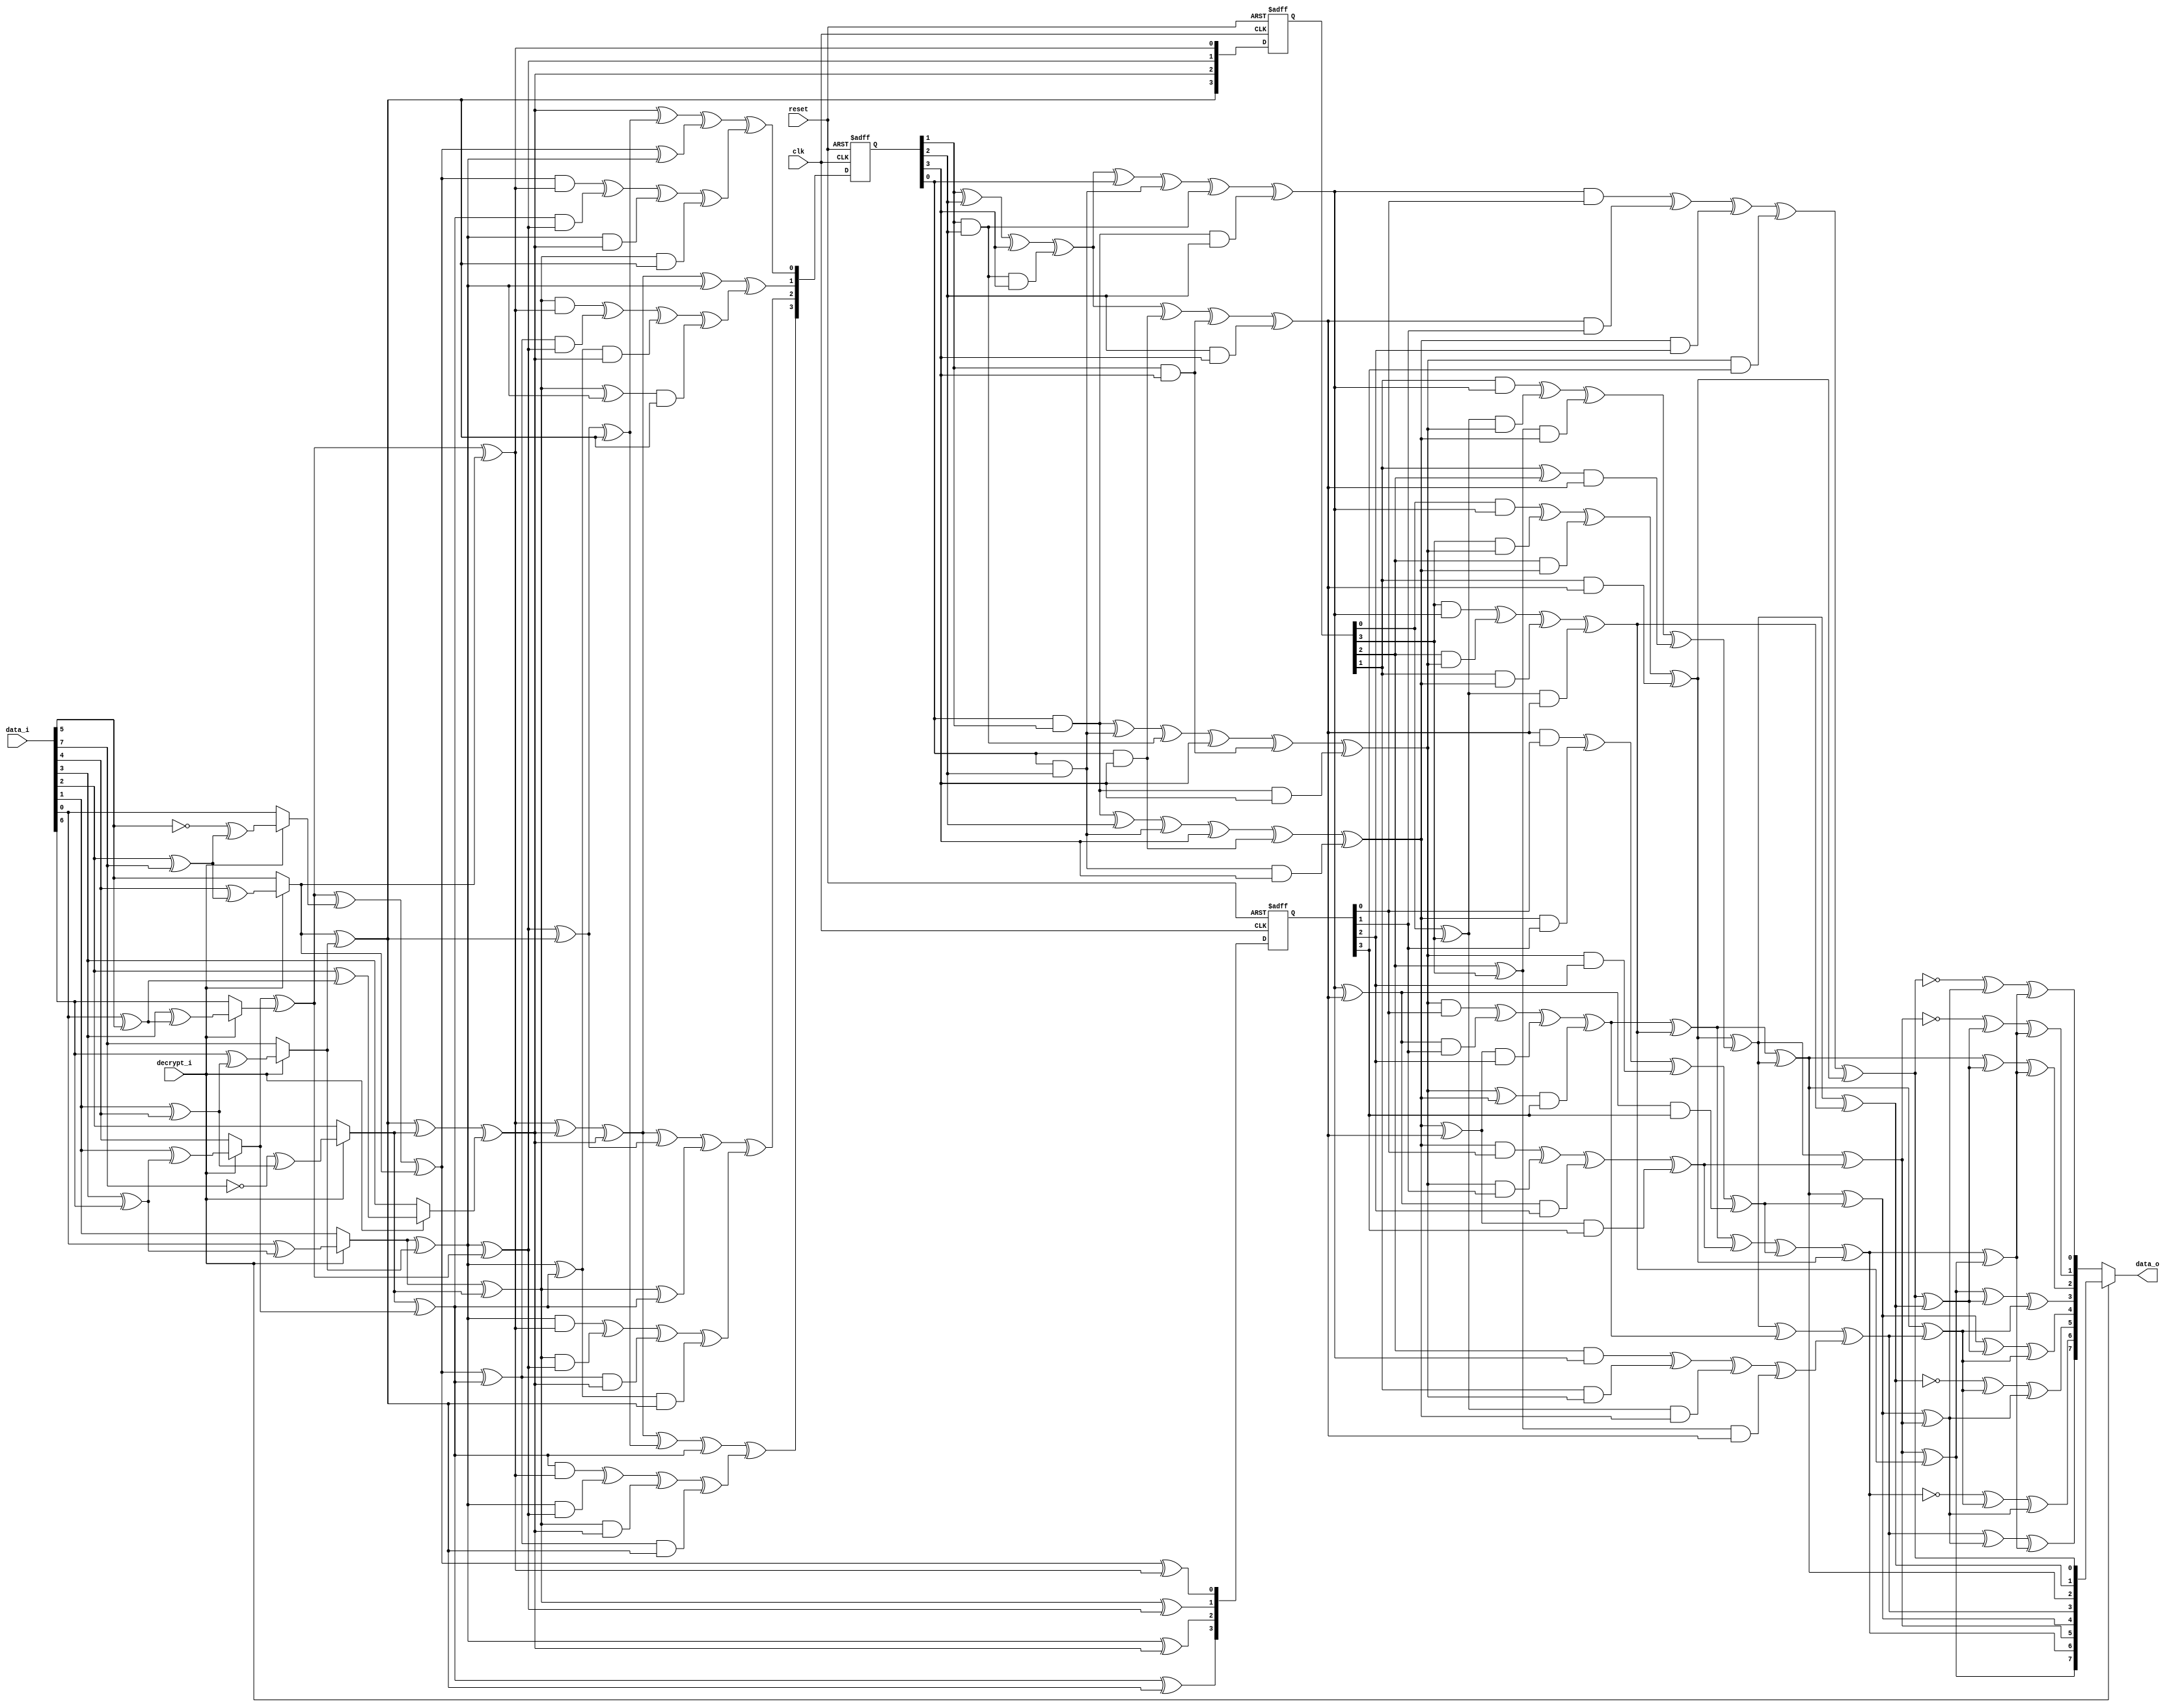
//////////////////////////////////////////////////////////////////////
////                                                              ////
////  S-Box calculation                                           ////
////                                                              ////
////  This file is part of the SystemC AES                        ////
////                                                              ////
////  Description:                                                ////
////  S-box calculation calculating inverse on gallois field      ////
////                                                              ////
////  Generated automatically using SystemC to Verilog translator ////
////                                                              ////
////  To Do:                                                      ////
////   - done                                                     ////
////                                                              ////
////  Author(s):                                                  ////
////      - Javier Castillo, jcastilo@opencores.org               ////
////                                                              ////
//////////////////////////////////////////////////////////////////////
////                                                              ////
//// Copyright (C) 2000 Authors and OPENCORES.ORG                 ////
////                                                              ////
//// This source file may be used and distributed without         ////
//// restriction provided that this copyright statement is not    ////
//// removed from the file and that any derivative work contains  ////
//// the original copyright notice and the associated disclaimer. ////
////                                                              ////
//// This source file is free software; you can redistribute it   ////
//// and/or modify it under the terms of the GNU Lesser General   ////
//// Public License as published by the Free Software Foundation; ////
//// either version 2.1 of the License, or (at your option) any   ////
//// later version.                                               ////
////                                                              ////
//// This source is distributed in the hope that it will be       ////
//// useful, but WITHOUT ANY WARRANTY; without even the implied   ////
//// warranty of MERCHANTABILITY or FITNESS FOR A PARTICULAR      ////
//// PURPOSE.  See the GNU Lesser General Public License for more ////
//// details.                                                     ////
////                                                              ////
//// You should have received a copy of the GNU Lesser General    ////
//// Public License along with this source; if not, download it   ////
//// from http://www.opencores.org/lgpl.shtml                     ////
////                                                              ////
//////////////////////////////////////////////////////////////////////
//
// CVS Revision History
//
// $Log: not supported by cvs2svn $
// Revision 1.3  2004/08/30 16:23:57  jcastillo
// Indentation corrected
//
// Revision 1.2  2004/07/22 08:51:22  jcastillo
// Added timescale directive
//
// Revision 1.1.1.1  2004/07/05 09:46:23  jcastillo
// First import
//

module sbox(clk,reset,data_i,decrypt_i,data_o);
input clk;
input reset;
input [7:0] data_i;
input decrypt_i;
output [7:0] data_o;

reg [7:0] data_o;

reg [7:0] inva;
reg [3:0] ah;
reg [3:0] al;
reg [3:0] ah2;
reg [3:0] al2;
reg [3:0] alxh;
reg [3:0] alph;
reg [3:0] d;
reg [3:0] ahp;
reg [3:0] alp;
reg [3:0] to_invert;
reg [3:0] next_to_invert;
reg [3:0] ah_reg;
reg [3:0] next_ah_reg;
reg [3:0] next_alph;


//registers:
always @(posedge clk or negedge reset)
begin

  if(!reset)
  begin
 
    to_invert = (0);
    ah_reg = (0);
    alph = (0);	
  
  end
  else
  begin
    
    to_invert = (next_to_invert);
    ah_reg = (next_ah_reg);
    alph = (next_alph);	

  end

end


//first_mux:
reg[7:0] first_mux_data_var;
reg[7:0] first_mux_InvInput;
reg[3:0] first_mux_ah_t,first_mux_al_t;
reg first_mux_aA,first_mux_aB,first_mux_aC,first_mux_aD;
	
always @(data_i or decrypt_i)
begin

  first_mux_data_var=data_i;
  first_mux_InvInput=first_mux_data_var;
	
  case(decrypt_i)
    1:
     begin
      
       //Apply inverse affine trasformation
       first_mux_aA=first_mux_data_var[0]^first_mux_data_var[5];first_mux_aB=first_mux_data_var[1]^first_mux_data_var[4];
       first_mux_aC=first_mux_data_var[2]^first_mux_data_var[7];first_mux_aD=first_mux_data_var[3]^first_mux_data_var[6];
       first_mux_InvInput[0]=(!first_mux_data_var[5])^first_mux_aC;
       first_mux_InvInput[1]=first_mux_data_var[0]^first_mux_aD;
       first_mux_InvInput[2]=(!first_mux_data_var[7])^first_mux_aB;
       first_mux_InvInput[3]=first_mux_data_var[2]^first_mux_aA;
       first_mux_InvInput[4]=first_mux_data_var[1]^first_mux_aD;
       first_mux_InvInput[5]=first_mux_data_var[4]^first_mux_aC;
       first_mux_InvInput[6]=first_mux_data_var[3]^first_mux_aA;
       first_mux_InvInput[7]=first_mux_data_var[6]^first_mux_aB;

     end

   default:
     begin

       first_mux_InvInput=first_mux_data_var;
     
     end

  endcase
	
	
  //Convert elements from GF(2^8) into two elements of GF(2^4^2)
	
  first_mux_aA=first_mux_InvInput[1]^first_mux_InvInput[7];
  first_mux_aB=first_mux_InvInput[5]^first_mux_InvInput[7];
  first_mux_aC=first_mux_InvInput[4]^first_mux_InvInput[6];
	
  first_mux_al_t[0]=first_mux_aC^first_mux_InvInput[0]^first_mux_InvInput[5];
  first_mux_al_t[1]=first_mux_InvInput[1]^first_mux_InvInput[2];
  first_mux_al_t[2]=first_mux_aA;
  first_mux_al_t[3]=first_mux_InvInput[2]^first_mux_InvInput[4];
	
  first_mux_ah_t[0]=first_mux_aC^first_mux_InvInput[5];
  first_mux_ah_t[1]=first_mux_aA^first_mux_aC;
  first_mux_ah_t[2]=first_mux_aB^first_mux_InvInput[2]^first_mux_InvInput[3];
  first_mux_ah_t[3]=first_mux_aB;

  al = (first_mux_al_t);
  ah = (first_mux_ah_t);
  next_ah_reg = (first_mux_ah_t);
 
end
//end_mux:


reg[7:0] end_mux_data_var,end_mux_data_o_var;
reg end_mux_aA,end_mux_aB,end_mux_aC,end_mux_aD;

always @(decrypt_i or inva)
begin

  //Take the output of the inverter
  end_mux_data_var=inva;

  case(decrypt_i)

    0:
     begin
       //Apply affine trasformation

       end_mux_aA=end_mux_data_var[0]^end_mux_data_var[1];end_mux_aB=end_mux_data_var[2]^end_mux_data_var[3];
       end_mux_aC=end_mux_data_var[4]^end_mux_data_var[5];end_mux_aD=end_mux_data_var[6]^end_mux_data_var[7];
       end_mux_data_o_var[0]=(!end_mux_data_var[0])^end_mux_aC^end_mux_aD;
       end_mux_data_o_var[1]=(!end_mux_data_var[5])^end_mux_aA^end_mux_aD;
       end_mux_data_o_var[2]=end_mux_data_var[2]^end_mux_aA^end_mux_aD;
       end_mux_data_o_var[3]=end_mux_data_var[7]^end_mux_aA^end_mux_aB;
       end_mux_data_o_var[4]=end_mux_data_var[4]^end_mux_aA^end_mux_aB;
       end_mux_data_o_var[5]=(!end_mux_data_var[1])^end_mux_aB^end_mux_aC;
       end_mux_data_o_var[6]=(!end_mux_data_var[6])^end_mux_aB^end_mux_aC;
       end_mux_data_o_var[7]=end_mux_data_var[3]^end_mux_aC^end_mux_aD;
 
       data_o = (end_mux_data_o_var);
     end

    default:
     begin

       data_o = (end_mux_data_var);
     end
  endcase

end


//inversemap:
reg[3:0] aA,aB;
reg[3:0] inversemap_alp_t,inversemap_ahp_t;
reg[7:0] inversemap_inva_t;

always @(alp or ahp)
begin
	
  inversemap_alp_t=alp;
  inversemap_ahp_t=ahp;
	
  aA=inversemap_alp_t[1]^inversemap_ahp_t[3];
  aB=inversemap_ahp_t[0]^inversemap_ahp_t[1];

  inversemap_inva_t[0]=inversemap_alp_t[0]^inversemap_ahp_t[0];
  inversemap_inva_t[1]=aB^inversemap_ahp_t[3];
  inversemap_inva_t[2]=aA^aB;
  inversemap_inva_t[3]=aB^inversemap_alp_t[1]^inversemap_ahp_t[2];
  inversemap_inva_t[4]=aA^aB^inversemap_alp_t[3];
  inversemap_inva_t[5]=aB^inversemap_alp_t[2];
  inversemap_inva_t[6]=aA^inversemap_alp_t[2]^inversemap_alp_t[3]^inversemap_ahp_t[0];
  inversemap_inva_t[7]=aB^inversemap_alp_t[2]^inversemap_ahp_t[3];

  inva = (inversemap_inva_t);

end

//mul1:
reg[3:0] mul1_alxh_t;
reg[3:0] mul1_aA,mul1_a;

always @(ah or al)
begin

  //alxah
  mul1_aA=al[0]^al[3];
  mul1_a=al[2]^al[3];
	
  mul1_alxh_t[0]=(al[0]&ah[0])^(al[3]&ah[1])^(al[2]&ah[2])^(al[1]&ah[3]);
  mul1_alxh_t[1]=(al[1]&ah[0])^(mul1_aA&ah[1])^(mul1_a&ah[2])^((al[1]^al[2])&ah[3]);
  mul1_alxh_t[2]=(al[2]&ah[0])^(al[1]&ah[1])^(mul1_aA&ah[2])^(mul1_a&ah[3]);
  mul1_alxh_t[3]=(al[3]&ah[0])^(al[2]&ah[1])^(al[1]&ah[2])^(mul1_aA&ah[3]);
	
  alxh = (mul1_alxh_t);

end


//mul2:
reg[3:0] mul2_ahp_t;
reg[3:0] mul2_aA,mul2_aB;

always @(d or ah_reg)
begin

//ahxd
	
  mul2_aA=ah_reg[0]^ah_reg[3];
  mul2_aB=ah_reg[2]^ah_reg[3];
	
  mul2_ahp_t[0]=(ah_reg[0]&d[0])^(ah_reg[3]&d[1])^(ah_reg[2]&d[2])^(ah_reg[1]&d[3]);
  mul2_ahp_t[1]=(ah_reg[1]&d[0])^(mul2_aA&d[1])^(mul2_aB&d[2])^((ah_reg[1]^ah_reg[2])&d[3]);
  mul2_ahp_t[2]=(ah_reg[2]&d[0])^(ah_reg[1]&d[1])^(mul2_aA&d[2])^(mul2_aB&d[3]);
  mul2_ahp_t[3]=(ah_reg[3]&d[0])^(ah_reg[2]&d[1])^(ah_reg[1]&d[2])^(mul2_aA&d[3]);
	
  ahp = (mul2_ahp_t);

end


//mul3:
reg[3:0] mul3_alp_t;
reg[3:0] mul3_aA,mul3_aB;

always @(d or alph)
begin

  //dxal
	
  mul3_aA=d[0]^d[3];
  mul3_aB=d[2]^d[3];

  mul3_alp_t[0]=(d[0]&alph[0])^(d[3]&alph[1])^(d[2]&alph[2])^(d[1]&alph[3]);
  mul3_alp_t[1]=(d[1]&alph[0])^(mul3_aA&alph[1])^(mul3_aB&alph[2])^((d[1]^d[2])&alph[3]);
  mul3_alp_t[2]=(d[2]&alph[0])^(d[1]&alph[1])^(mul3_aA&alph[2])^(mul3_aB&alph[3]);
  mul3_alp_t[3]=(d[3]&alph[0])^(d[2]&alph[1])^(d[1]&alph[2])^(mul3_aA&alph[3]);
	
  alp = (mul3_alp_t);

end


//intermediate:
reg[3:0] intermediate_aA,intermediate_aB;
reg[3:0] intermediate_ah2e,intermediate_ah2epl2,intermediate_to_invert_var;
	
always @(ah2 or al2 or alxh)
begin

  //ah square is multiplied with e
  intermediate_aA=ah2[0]^ah2[1];
  intermediate_aB=ah2[2]^ah2[3];
  intermediate_ah2e[0]=ah2[1]^intermediate_aB;
  intermediate_ah2e[1]=intermediate_aA;
  intermediate_ah2e[2]=intermediate_aA^ah2[2];
  intermediate_ah2e[3]=intermediate_aA^intermediate_aB;
	
  //Addition of intermediate_ah2e plus al2
  intermediate_ah2epl2[0]=intermediate_ah2e[0]^al2[0];
  intermediate_ah2epl2[1]=intermediate_ah2e[1]^al2[1];
  intermediate_ah2epl2[2]=intermediate_ah2e[2]^al2[2];
  intermediate_ah2epl2[3]=intermediate_ah2e[3]^al2[3];
	
  //Addition of last result with the result o f(alxah)
  intermediate_to_invert_var[0]=intermediate_ah2epl2[0]^alxh[0];
  intermediate_to_invert_var[1]=intermediate_ah2epl2[1]^alxh[1];
  intermediate_to_invert_var[2]=intermediate_ah2epl2[2]^alxh[2];
  intermediate_to_invert_var[3]=intermediate_ah2epl2[3]^alxh[3];

  //Registers
  next_to_invert = (intermediate_to_invert_var);

end


//inversion:
reg[3:0] inversion_to_invert_var;
reg[3:0] inversion_aA,inversion_d_t;
	
always @(to_invert)
begin

  inversion_to_invert_var=to_invert;
	
  //Invert theresult in GF(2^4)
  inversion_aA=inversion_to_invert_var[1]^inversion_to_invert_var[2]^inversion_to_invert_var[3]^(inversion_to_invert_var[1]&inversion_to_invert_var[2]&inversion_to_invert_var[3]);
  inversion_d_t[0]=inversion_aA^inversion_to_invert_var[0]^(inversion_to_invert_var[0]&inversion_to_invert_var[2])^(inversion_to_invert_var[1]&inversion_to_invert_var[2])^(inversion_to_invert_var[0]&inversion_to_invert_var[1]&inversion_to_invert_var[2]);
  inversion_d_t[1]=(inversion_to_invert_var[0]&inversion_to_invert_var[1])^(inversion_to_invert_var[0]&inversion_to_invert_var[2])^(inversion_to_invert_var[1]&inversion_to_invert_var[2])^inversion_to_invert_var[3]^(inversion_to_invert_var[1]&inversion_to_invert_var[3])^(inversion_to_invert_var[0]&inversion_to_invert_var[1]&inversion_to_invert_var[3]);
  inversion_d_t[2]=(inversion_to_invert_var[0]&inversion_to_invert_var[1])^inversion_to_invert_var[2]^(inversion_to_invert_var[0]&inversion_to_invert_var[2])^inversion_to_invert_var[3]^(inversion_to_invert_var[0]&inversion_to_invert_var[3])^(inversion_to_invert_var[0]&inversion_to_invert_var[2]&inversion_to_invert_var[3]);
  inversion_d_t[3]=inversion_aA^(inversion_to_invert_var[0]&inversion_to_invert_var[3])^(inversion_to_invert_var[1]&inversion_to_invert_var[3])^(inversion_to_invert_var[2]&inversion_to_invert_var[3]);

  d = (inversion_d_t);

end


//sum1:
reg[3:0] sum1_alph_t;
	
always @(ah or al)
begin
	
  sum1_alph_t[0]=al[0]^ah[0];
  sum1_alph_t[1]=al[1]^ah[1];
  sum1_alph_t[2]=al[2]^ah[2];
  sum1_alph_t[3]=al[3]^ah[3];
	
  next_alph = (sum1_alph_t);

end


//square1:
reg[3:0] square1_ah_t;
	
always @(ah)
begin
	
  square1_ah_t[0]=ah[0]^ah[2];
  square1_ah_t[1]=ah[2];
  square1_ah_t[2]=ah[1]^ah[3];
  square1_ah_t[3]=ah[3];
	
  ah2 = (square1_ah_t);

end


//square2:
reg[3:0] square2_al_t;
	
always @(al)
begin
	
  square2_al_t[0]=al[0]^al[2];
  square2_al_t[1]=al[2];
  square2_al_t[2]=al[1]^al[3];
  square2_al_t[3]=al[3];

  al2 = (square2_al_t);

end

endmodule